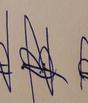
Signature authenticity: forged